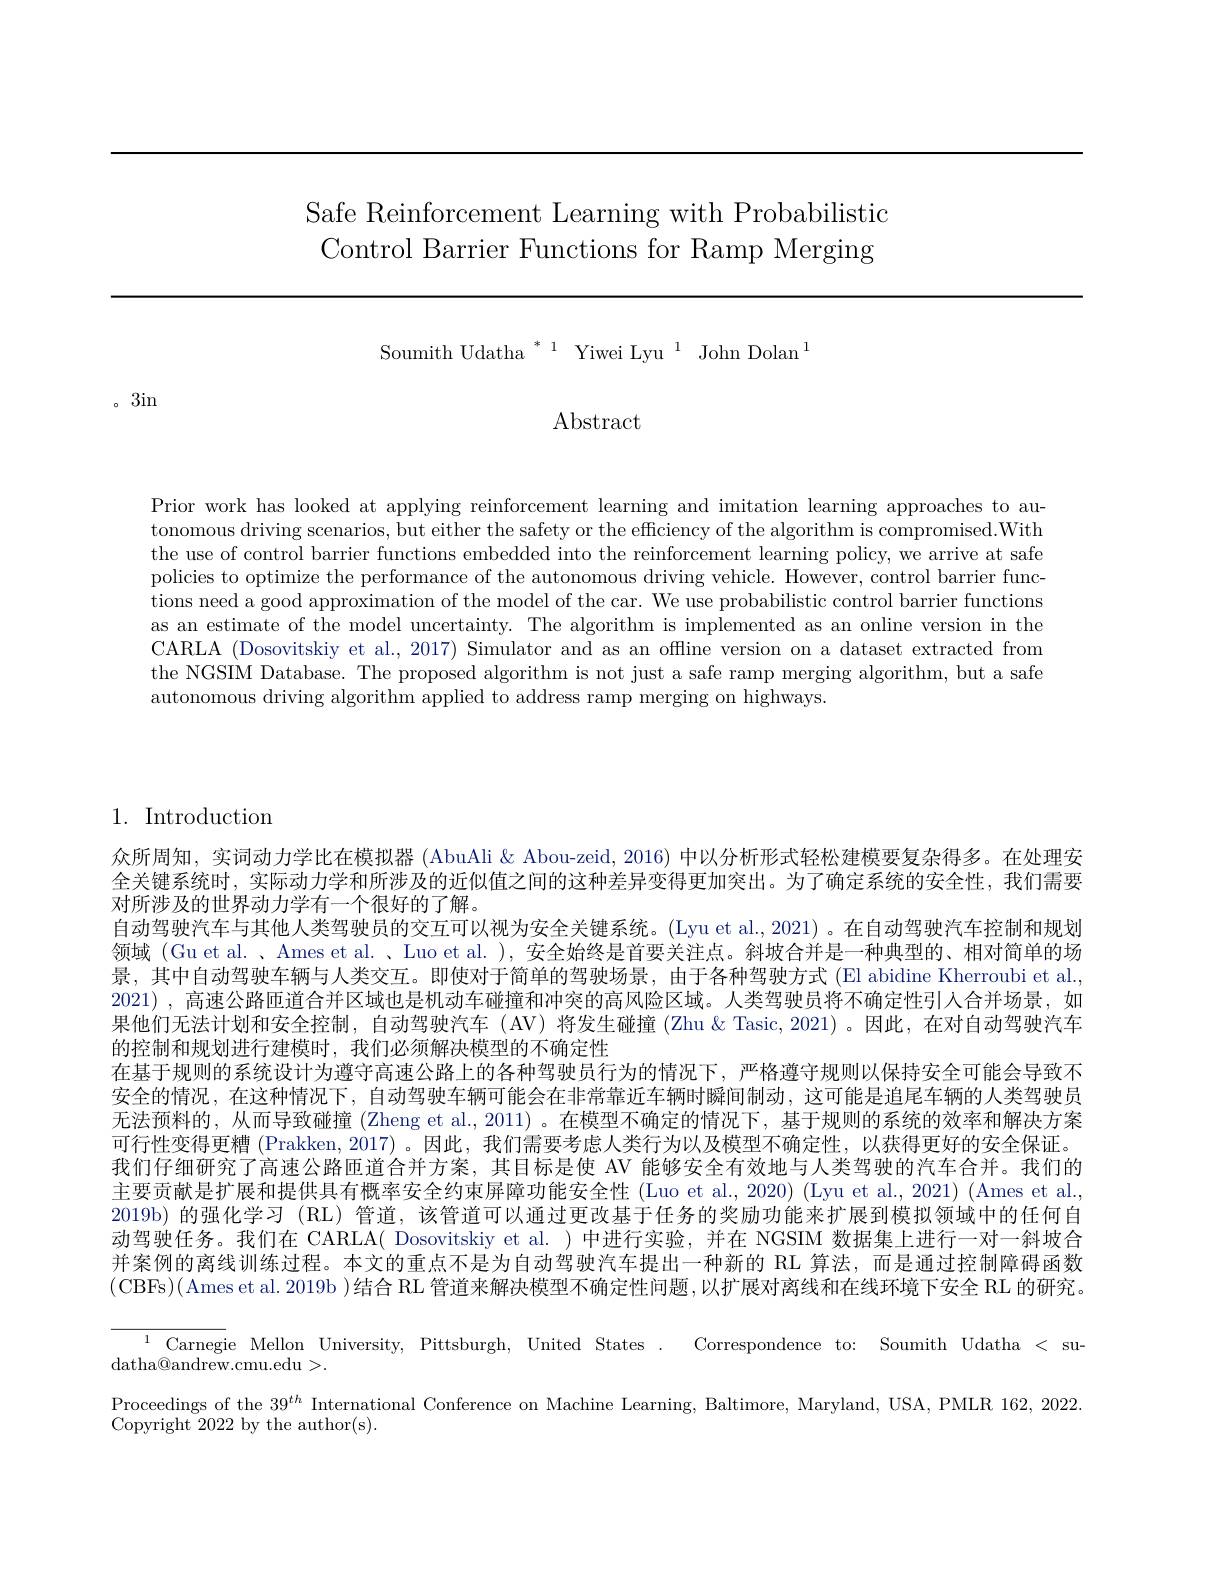
# Safe Reinforcement Learning with Probabilistic Control Barrier Functions for Ramp Merging

Soumith Udatha $^{*}^{1}$ Yiwei Lyu$^{1}$ John Dolan$^{1}$

$\operatorname{Abstract}$

。3in

Prior work has looked at applying reinforcement learning and imitation learning approaches to autonomous driving scenarios, but either the safety or the efficiency of the algorithm is compromised.With the use of control barrier functions embedded into the reinforcement learning policy, we arrive at safe policies to optimize the performance of the autonomous driving vehicle. However, control barrier functions need a good approximation of the model of the car. We use probabilistic control barrier functions as an estimate of the model uncertainty. The algorithm is implemented as an online version in the CARLA (Dosovitskiy et al., 2017) Simulator and as an offline version on a dataset extracted from the NGSIM Database. The proposed algorithm is not just a safe ramp merging algorithm, but a safe autonomous driving algorithm applied to address ramp merging on highways.

1. Introduction

众所周知，实词动力学比在模拟器 (AbuAli & Abou-zeid, 2016) 中以分析形式轻松建模要复杂得多。在处理安全关键系统时，实际动力学和所涉及的近似值之间的这种差异变得更加突出。为了确定系统的安全性，我们需要对所涉及的世界动力学有一个很好的了解。
自动驾驶汽车与其他人类驾驶员的交互可以视为安全关键系统。(Lyu et al.,2021) 。在自动驾驶汽车控制和规划领域 (Gu et al. 、Ames et al. 、Luo et al. ), 安全始终是首要关注点。斜坡合并是一种典型的、相对简单的场景，其中自动驾驶车辆与人类交互。即使对于简单的驾驶场景，由于各种驾驶方式 (El abidine Kherroubi et al., 2021) ,高速公路匝道合并区域也是机动车碰撞和冲突的高风险区域。人类驾驶员将不确定性引入合并场景，如果他们无法计划和安全控制，自动驾驶汽车(AV)将发生碰撞 (Zhu&Tasic,2021)。因此，在对自动驾驶汽车的控制和规划进行建模时，我们必须解决模型的不确定性
在基于规则的系统设计为遵守高速公路上的各种驾驶员行为的情况下，严格遵守规则以保持安全可能会导致不安全的情况，在这种情况下，自动驾驶车辆可能会在非常靠近车辆时瞬间制动，这可能是追尾车辆的人类驾驶员无法预料的，从而导致碰撞 (Zheng et al., 2011) 。在模型不确定的情况下，基于规则的系统的效率和解决方案可行性变得更糟 (Prakken, 2017) 。因此，我们需要考虑人类行为以及模型不确定性，以获得更好的安全保证。我们仔细研究了高速公路匝道合并方案，其目标是使 AV 能够安全有效地与人类驾驶的汽车合并。我们的主要贡献是扩展和提供具有概率安全约束屏障功能安全性 (Luo et al., 2020) (Lyu et al., 2021) (Ames et al., 2019b) 的强化学习 (RL) 管道，该管道可以通过更改基于任务的奖励功能来扩展到模拟领域中的任何自动驾驶任务。我们在 CARLA( Dosovitskiy et al. )中进行实验，并在 NGSIM 数据集上进行一对一斜坡合并案例的离线训练过程。本文的重点不是为自动驾驶汽车提出一种新的 RL 算法，而是通过控制障碍函数(CBFs)(Ames et al. 2019b )结合 RL 管道来解决模型不确定性问题，以扩展对离线和在线环境下安全 RL 的研究。
$^{1}$Carnegie Mellon University, Pittsburgh, United States. Correspondence to: Soumith Udatha < su-
$\operatorname{datha@andrew.cmu.edu}>.$
Proceedings of the $39^{th}$ International Conference on Machine Learning, Baltimore, Maryland, USA, PMLR 162, 2022.
Copyright 2022 by the author(s).